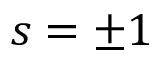
s = \pm 1